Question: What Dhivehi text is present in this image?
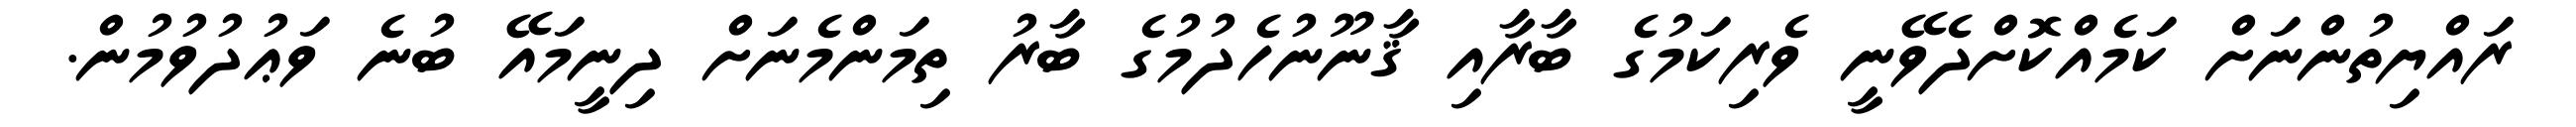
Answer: ރައްޔިތުންނަށް ކަމެއްކޮށްދެވޭނީ ވެރިކަމުގެ ބާރާއި ޤާނޫނުހެދުމުގެ ބާރު ތިމަންމެނަށް ދިނީމައޭ ބުނެ ވަޢުދުވުމުން.